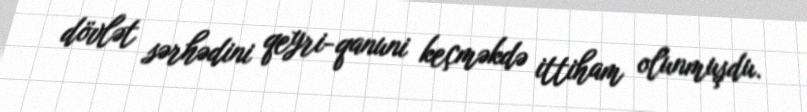
dövlət sərhədini qeyri-qanuni keçməkdə ittiham olunmuşdu.